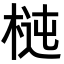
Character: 𣔝